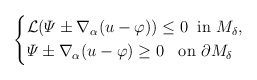
\begin{align*} \left\{ \begin{aligned}& \mathcal{L} (\varPsi \pm \nabla_{\alpha} (u - \varphi)) \leq 0 \;\; \mbox{in $M_{\delta}$}, \\ & \varPsi \pm \nabla_{\alpha} (u - \varphi) \geq 0\;\; \mbox{ on $\partial M_{\delta}$}\end{aligned} \right.\end{align*}